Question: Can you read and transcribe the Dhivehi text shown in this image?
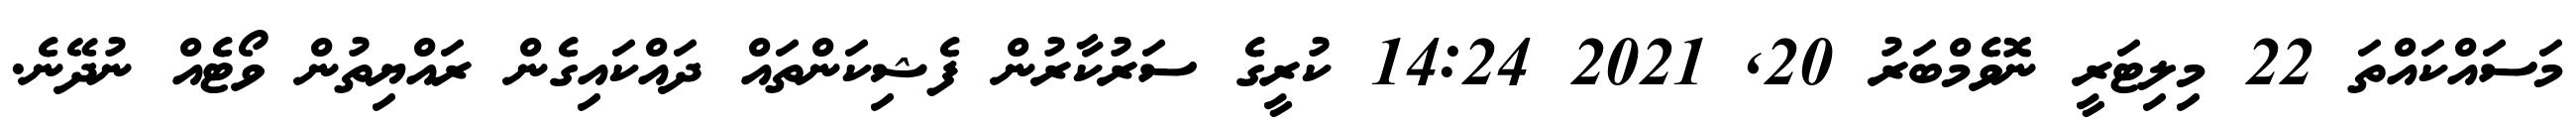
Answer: މަސައްކައްތަ 22 މިލިޓަރީ ނޮވެމްބަރު 20, 2021 14:24 ކުރީގެ ސަރުކާރުން ފެޝިކަންތައް ދައްކައިގެން ރައްޔިތުން ވޯޓެއް ނުދޭނެ.